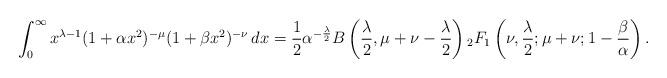
LaTeX: \begin{align*} \int_0^\infty x^{\lambda-1} (1+\alpha x^2)^{-\mu} (1+\beta x^2)^{-\nu}\,dx = \frac{1}{2}\alpha^{-\frac{\lambda}{2}}B\left(\frac{\lambda}{2},\mu+\nu-\frac{\lambda}{2}\right){_2F_1}\left(\nu,\frac{\lambda}{2};\mu+\nu;1-\frac{\beta}{\alpha}\right).\end{align*}